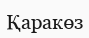
Қаракөз